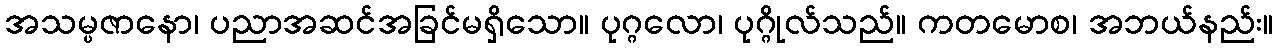
အသမ္ပဇာနော၊ ပညာအဆင်အခြင်မရှိသော။ ပုဂ္ဂလော၊ ပုဂ္ဂိုလ်သည်။ ကတမောစ၊ အဘယ်နည်း။